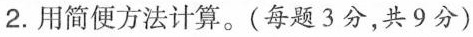
2.用简便方法计算。(每题3分，共9分)